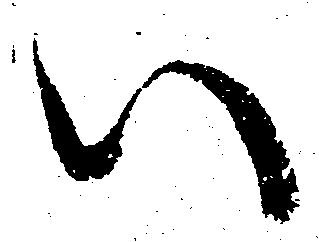
い